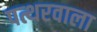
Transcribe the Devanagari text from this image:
पत्थरवाला